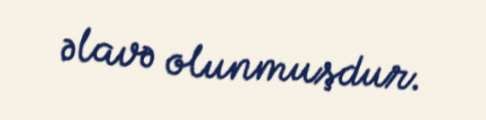
əlavə olunmuşdur.